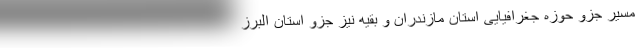
مسیر جزو حوزه جغرافیایی استان مازندران و بقیه نیز جزو استان البرز